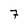
Character: 7